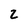
Character: 2